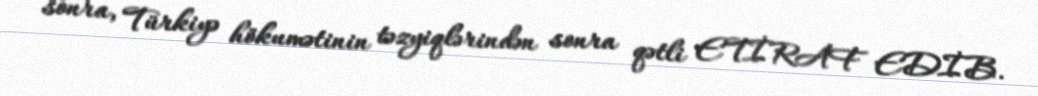
sonra, Türkiyə hökumətinin təzyiqlərindən sonra qətli ETİRAF EDİB.